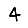
Digit: 4